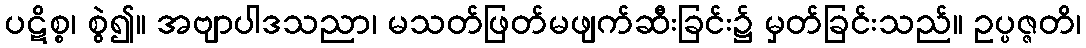
ပဋိစ္စ၊ စွဲ၍။ အဗျာပါဒသညာ၊ မသတ်ဖြတ်မဖျက်ဆီးခြင်း၌ မှတ်ခြင်းသည်။ ဥပ္ပဇ္ဇတိ၊